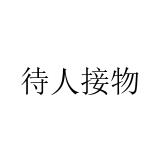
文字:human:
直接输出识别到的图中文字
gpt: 待人接物